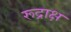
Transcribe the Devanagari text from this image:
रूद्राक्ष